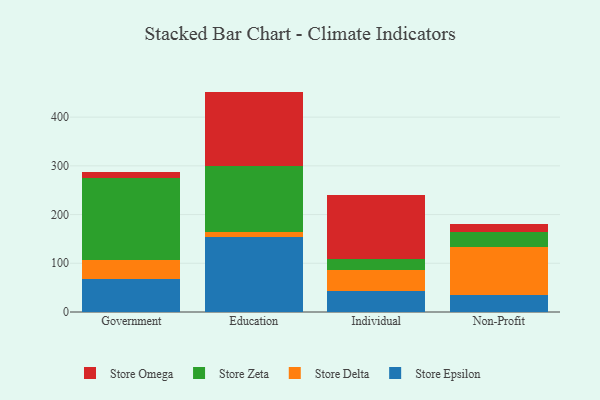
{"axis": {"x": "Segment", "y": "Gross Profit (USD K)"}, "legend": ["Store Delta", "Store Epsilon", "Store Omega", "Store Zeta"], "data": [{"x": "Government", "y": 67.3, "type": "Store Epsilon"}, {"x": "Government", "y": 40.1, "type": "Store Delta"}, {"x": "Government", "y": 166.9, "type": "Store Zeta"}, {"x": "Government", "y": 12.1, "type": "Store Omega"}, {"x": "Education", "y": 154.7, "type": "Store Epsilon"}, {"x": "Education", "y": 8.9, "type": "Store Delta"}, {"x": "Education", "y": 135.2, "type": "Store Zeta"}, {"x": "Education", "y": 153.6, "type": "Store Omega"}, {"x": "Individual", "y": 43.1, "type": "Store Epsilon"}, {"x": "Individual", "y": 43.5, "type": "Store Delta"}, {"x": "Individual", "y": 21.8, "type": "Store Zeta"}, {"x": "Individual", "y": 132.2, "type": "Store Omega"}, {"x": "Non-Profit", "y": 34.4, "type": "Store Epsilon"}, {"x": "Non-Profit", "y": 98.9, "type": "Store Delta"}, {"x": "Non-Profit", "y": 30.8, "type": "Store Zeta"}, {"x": "Non-Profit", "y": 17.2, "type": "Store Omega"}]}